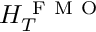
H _ { T } ^ { \mathrm { ~ F ~ M ~ O ~ } }